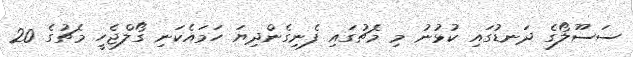
ސަސޫލޯގެ ދަނޑުގައި ކުޅުނު މި މެޗުގައި ފެނިގެންދިޔަ ހަމައެކަނި ގޯލްޖެހީ މެޗުގެ 20